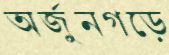
অর্জুনগড়ে